Medical and sanitary report of the native army of Madras for the year
Year: 1878
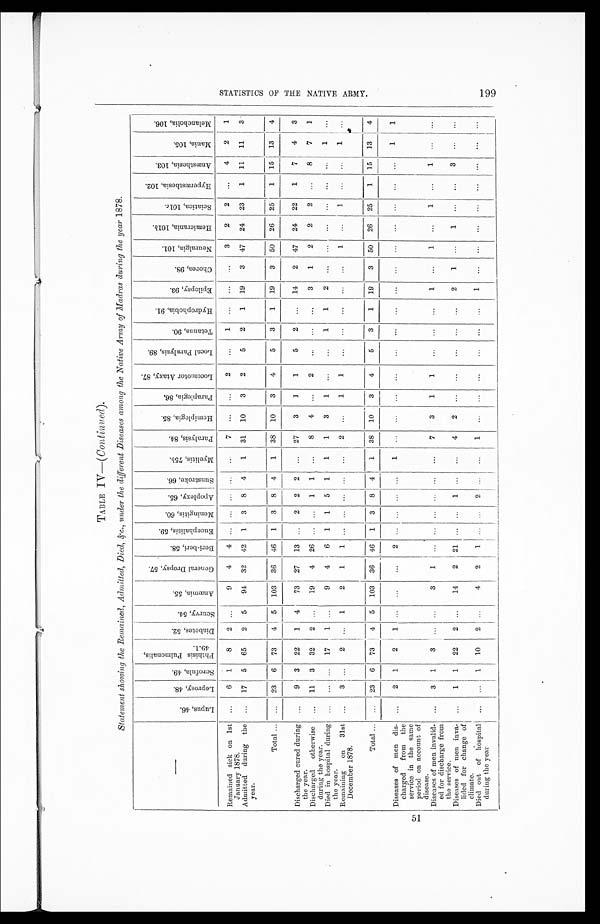
TABLE IV—( Continued ).
Statement showing the Remained, Admitted, Died, &,c., under the different Diseases among the Native Army of Madras during the year 1878..
L u p u s , 4 6 .
L e p r o s y , 4 8 .
S c r o f u l a , 4 9 .
P h t h i s P u l m o n a l i s , 4 9 - 1 .
D i a b e t e s , 5 2 .
S c u r v y , 5 4 .
A n æ m i n , 5 5 .
G e n e r a l D r o p s y , 5 7 .
B e r i - b e r i , 5 8 .
E u c e p h a l i t i s , 5 9 .
M e n i n g i t i s , 6 0 .
A p o p l e x y , 6 5 .
S u n s t r o k e , 6 6 .
M y e l i t i s , 7 5 b .
P a r a l y s i s , 8 4 .
H e m i p l e g i a , 8 5 .
P a r a p l e g i a , 8 6 .
L o c o m o t o r A t a x y , 8 7 .
L o c a l P a r a l y s i s , 8 9 .
T e t a n u s , 9 0 .
H y d r o p h o p i a , 9 1 .
E p i l e p s y , 9 3 .
C h o r e a , 9 8 .
N e u r a l g i a , 1 0 1 .
H e m i c r a n i a , 1 0 1
b
.
S c i a t i c a , 1 0 1c.
H y p e r æ s t h e s i a , 1 0 2 .
A n æ s t h e s i a , 1 0 3 .
M a n i a , 1 0 5 .
M e l a n c h o l i a , 1 0 6 .
Remained sick on 1st
January 1878.
. . .
6
1
8
2
. . .
9
4
4
. . .
. . .
. . .
. . .
. . .
7
. . .
. . .
2
. . .
1
. . .
. . .
. . .
3
2 2
. . .
4
2
1
Admitted during the
year.
. . .
17
5
65
2
5
94
32
42
1
3
8
4
1
31
10
3
2
5
2
1
19
3
47
24
23
1
11
11
3
Total . . .
. . .
23
6
73
4
5
103
36
46
1
3
8
4
1
38
10
3
4
5
3
1
19
3
50
26
25
1
15
13
4
Discharged cured during
the year.
. . .
9
3
22
1
4
73
27
13
. . .
2
2
2
. . .
27
3
l
1
5
2
. . .
14
2
47
24
22
1
7
4
3
Discharged otherwise
during the year.
. . .
11
3
32
2
. . .
19
4
26
. . .
. . .
1
1
. . .
8
4
. . .
2
. . .
. . .
. . .
3
1
2
2
2
. . .
8
7
1
Died in hospital during
the year.
. . .
. . .
. . .
17
1
. . .
9
4
6
1
1
5
1
1
1
3
1
. . .
. . .
1
1
2
. . .
. . .
. . .
. . .
. . .
. . .
1
. . .
Remaining on 31st
December 1878.
. . .
3
. . .
2
. . .
1
2
1
1
. . .
. . .
. . .
. . .
. . .
2
. . .
1
1
. . .
. . .
. . .
. . .
. . .
1 . . .
1
. . .
. . .
1
. . .
Total . . .
. . .
23
6
73
4
5
103
36
46
1
3
8
4
1
38
10
3
4
5
3
1
19
3
50
26
25
1
15
13
4
Diseases of men
dis-
charged from the
service in the same
period on account of
disease.
. . .
2
1
2
1
. . .
. . .
. . .
2
. . .
. . .
. . .
. . .
1
. . .
. . .
. . .
. . .
. . .
. . .
. . .
. . .
. . .
. . .
. . .
. . .
. . .
. . .
1
1
Diseases of men invalid-
ed for discharge from
the service.
. . .
3
1
3
. . .
. . .
3
1
. . .
. . .
. . .
. . .
. . .
. . .
7
3
1
1
. . .
. . .
. . .
1
. . .
1 . . .
1
. . .
1
. . .
. . .
Diseases of men inva-
lined for change of
climate.
. . .
1
1
22
2
. . .
14
2
21
. . .
. . .
1
. . .
. . .
4
2
. . .
. . .
. . .
. . .
. . .
2
1
. . . 1
. . .
. . .
3
. . .
. . .
Died out of hospital
during the year
. . .
. . .
1
10
2
. . .
4
2
1
. . .
. . .
2
. . .
. . .
1
. . .
. . .
. . .
. . .
. . .
. . .
1
. . .
. . .
. . .
. . .
. . .
. . .
. . .
. . .
S T A T I S T I C S O F T H E N A T I V E A R M Y .
199